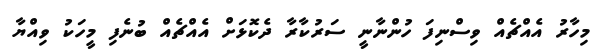
މިހާރު އެއްޗެއް ވިސްނިފަ ހުންނާނީ ސަރުކާރާ ދެކޮޅަށް އެއްޗެއް ބުނެފި މީހަކު ވިއްޔާ